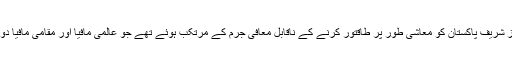
کچھ کا موقف ہے میاں نواز شریف پاکستان کو معاشی طور پر طاقتور کرنے کے ناقابل معافی جرم کے مرتکب ہوئے تھے جو عالمی مافیا اور مقامی مافیا دونوں کیلئے ناقابل قبول تھا ۔